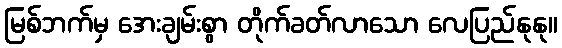
မြစ်ဘက်မှ အေးချမ်းစွာ တိုက်ခတ်လာသော လေပြည်နုနု။